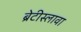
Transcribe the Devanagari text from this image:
ब्रेटीस्लावा